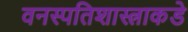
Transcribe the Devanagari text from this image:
वनस्पतिशास्त्राकडे